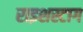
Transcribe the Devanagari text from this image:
राइशस्टाग